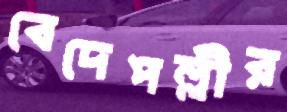
বেদেপল্লীর